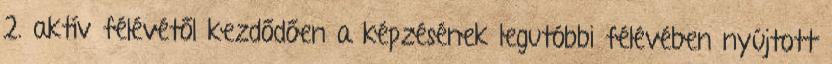
2. aktív félévétől kezdődően a képzésének legutóbbi félévében nyújtott